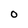
Character: O